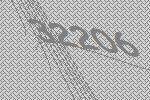
32206